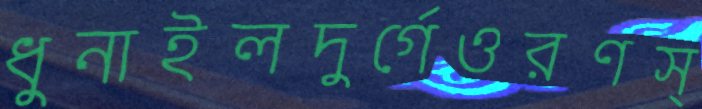
ধুনাইলদুর্গেওরণস্